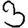
Digit: 3